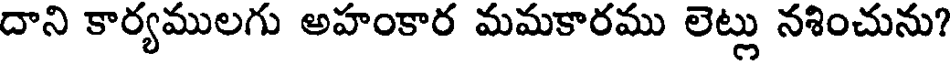
దాని కార్యములగు అహంకార మమకారము లెట్లు నశించును?